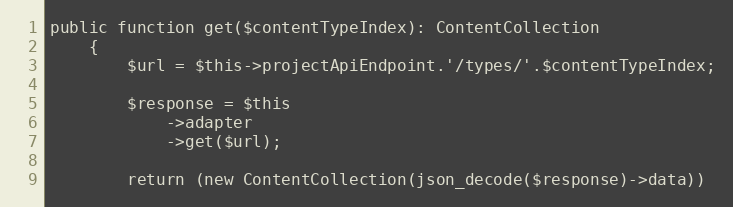
Language: PHP
public function get($contentTypeIndex): ContentCollection
    {
        $url = $this->projectApiEndpoint.'/types/'.$contentTypeIndex;

        $response = $this
            ->adapter
            ->get($url);

        return (new ContentCollection(json_decode($response)->data))